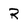
Character: R